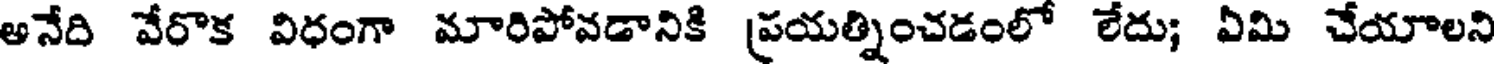
అనేది వేరొక విధంగా మారిపోవడానికి ప్రయత్నించడంలో లేదు; ఏమి చేయాలని